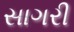
સાગરી